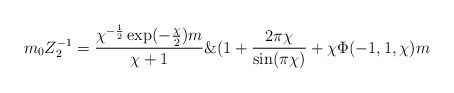
\begin{align*}m_{0}Z_{2}^{-1}=\frac{\chi^{-\frac{1}{2}}\exp(-\frac{\chi}{2})m}{\chi+1}\&(1+\frac{2\pi\chi}{\sin(\pi\chi)}+\chi\Phi(-1,1,\chi)m\end{align*}